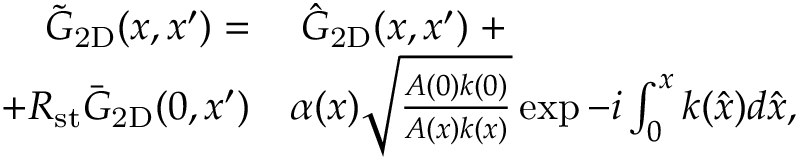
\begin{array} { r l } { \tilde { G } _ { \mathrm { 2 D } } ( x , x ^ { \prime } ) = } & { \; \hat { G } _ { \mathrm { 2 D } } ( x , x ^ { \prime } ) \; + } \\ { + R _ { \mathrm { s t } } \bar { G } _ { \mathrm { 2 D } } ( 0 , x ^ { \prime } ) } & { \alpha ( x ) \sqrt { \frac { A ( 0 ) k ( 0 ) } { A ( x ) k ( x ) } } \exp { - i \int _ { 0 } ^ { x } k ( \hat { x } ) d \hat { x } } , } \end{array}